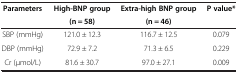
<table><thead><tr><td><b>Parameters</b></td><td><b>High-BNP group</b></td><td><b>Extra-high BNP group</b></td><td><b>P value*</b></td></tr><tr><td><b> </b></td><td><b>(n = 58)</b></td><td><b>(n = 46)</b></td><td><b> </b></td></tr></thead><tbody><tr><td>SBP (mmHg)</td><td>121.0 ± 12.3</td><td>116.7 ± 12.5</td><td>0.079</td></tr><tr><td>DBP (mmHg)</td><td>72.9 ± 7.2</td><td>71.3 ± 6.5</td><td>0.229</td></tr><tr><td>Cr (μmol/L)</td><td>81.6 ± 30.7</td><td>97.0 ± 27.1</td><td>0.009</td></tr></tbody></table>